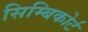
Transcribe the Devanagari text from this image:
सिम्बिकोर्ट